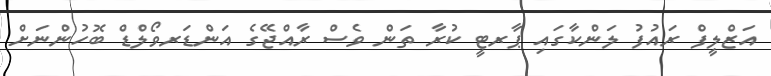
އަޒްލީފް ރައުފު ލަންކާގައި ޕާރޓީ ކުރާ ތަން ވެސް ރާއްޖޭގެ އަންޑަރވޯލްޑް ބޮހުންނަށް